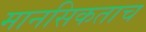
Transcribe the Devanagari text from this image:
मानसिकताच